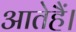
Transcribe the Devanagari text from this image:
आतेहैं।